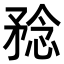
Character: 𥍵